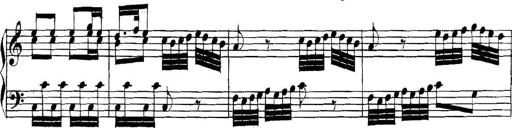
Title: Collected Piano Sonatas
Composer: Muzio Clementi